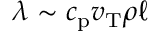
\lambda \sim c _ { \mathrm { p } } v _ { \mathrm { T } } \rho \ell